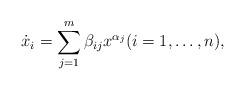
LaTeX: \begin{align*}\dot{x}_i = \sum_{j=1}^m \beta_{ij} x^{\alpha_j} (i = 1, \ldots, n),\end{align*}